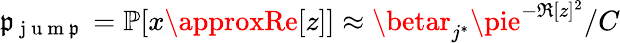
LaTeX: \mathfrak{p}_{\mathrm{{~j~u~m~\mathfrak{p}~}}}=\mathbb{{P}}[x\approxRe[z]]\approx\betar_{j^{*}}\pie^{-\Re[z]^{2}}/C